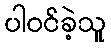
ပါဝင်ခဲ့သူ